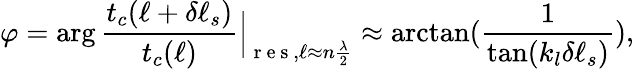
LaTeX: \varphi=\arg\frac{t_{c}(\ell+\delta\ell_{s})}{t_{c}(\ell)}\Bigr|_{\mathrm{~r~e~s~},\ell\approx n\frac{\lambda}{2}}\approx\arctan(\frac{1}{\tan(k_{l}\delta\ell_{s})}),